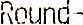
ROUND-